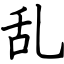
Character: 乱